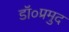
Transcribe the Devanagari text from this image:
डॉ०प्रमुद